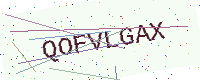
Text: QOFVLGAX